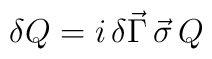
\delta Q  =  i \, \delta \vec{\Gamma} \, \vec{\sigma} \, Q